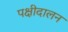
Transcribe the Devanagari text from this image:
पक्षीदालन